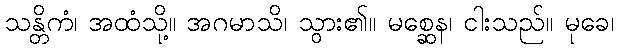
သန္တိကံ၊ အထံသို့။ အဂမာသိ၊ သွား၏။ မစ္ဆေန၊ ငါးသည်။ မုခေ၊